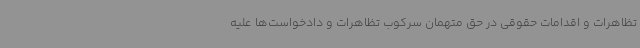
تظاهرات و اقدامات حقوقی در حق متهمان سرکوب تظاهرات و دادخواست‌ها علیه